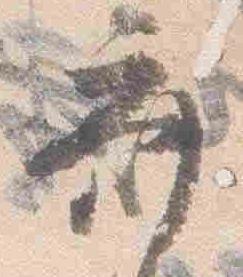
斎